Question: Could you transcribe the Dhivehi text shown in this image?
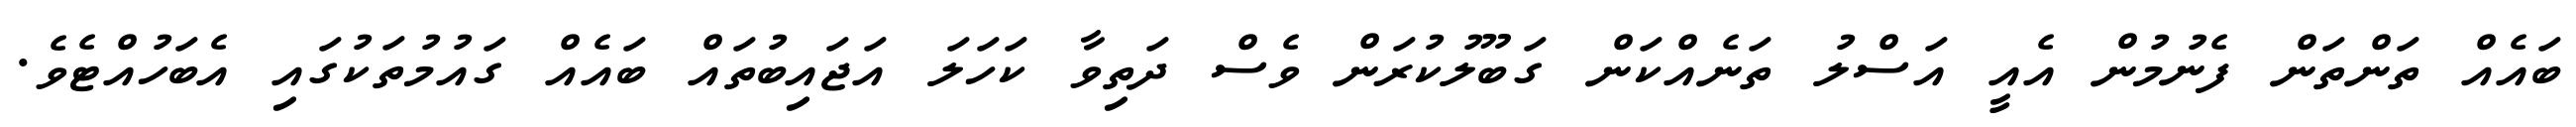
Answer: ބައެއް ތަންތަން ފެނުމުން އެއީ އަސްލު ތަނެއްކަން ގަބޫލުކުރަން ވެސް ދަތިވާ ކަހަލަ އަޖައިބުތައް ބައެއް ގައުމުތަކުގައި އެބަހުއްޓެވެ.